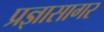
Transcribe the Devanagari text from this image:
प्रज्ञासागर